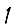
Digit: 1